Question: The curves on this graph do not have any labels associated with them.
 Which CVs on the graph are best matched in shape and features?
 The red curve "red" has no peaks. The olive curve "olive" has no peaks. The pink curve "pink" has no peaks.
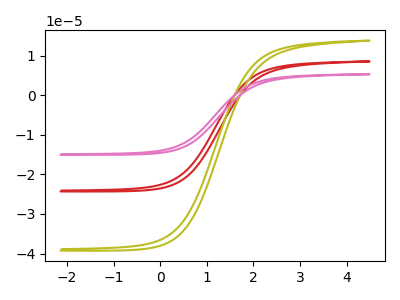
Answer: <think>Neither "red" or "olive" have any peaks. Neither "red" or "pink" have any peaks. Neither "olive" or "pink" have any peaks.
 </think>
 <answer>"olive", "red" and "pink" have the same shape and are likely CV's of the same chemical.</answer>
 <eval>"olive" "red" "pink"</eval>